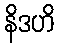
နိဒဟိ